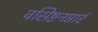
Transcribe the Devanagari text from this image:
वसिष्टनप्तारं